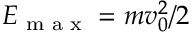
E _ { \textrm { m a x } } = m v _ { 0 } ^ { 2 } / 2